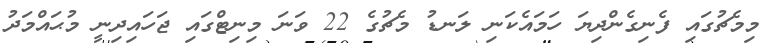
މިމެޗުގައި ފެނިގެންދިޔަ ހަމައެކަނި ލަނޑު މެޗުގެ 22 ވަނަ މިނިޓްގައި ޖަހައިދިނީ މުޙައްމަދު